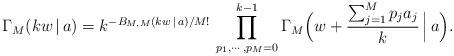
LaTeX: \begin{align*}\Gamma_M(kw\,|\,a) = k^{-B_{M,M}(kw\,|\,a)/M!}\,\prod\limits_{p_1,\cdots,p_M=0}^{k-1}\Gamma_M\Bigl(w+\frac{\sum_{j=1}^Mp_j a_j}{k}\,\Big|\,a\Bigr).\end{align*}